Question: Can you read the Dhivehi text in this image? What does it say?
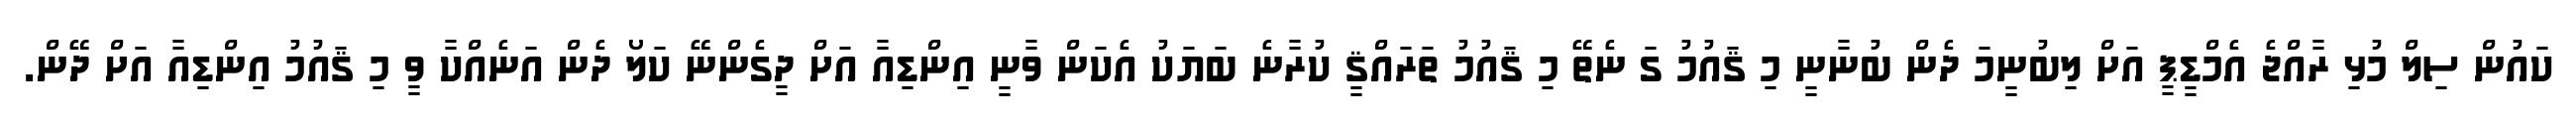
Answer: ކައުން ސިލް މުޅި ރާއްޖެ އެމްޑީޕީ އަށް ލިބުނީމަ ދެން ބުނާނީ މި ޤައުމު ގަ ނެތޭ މި ޤައުމު ތަރައްޤީ ކުރާނެ ބަޔަކު އެކަން ވާނީ އިންޑިއާ އަށް ދީގެންނޭ ކަލޯ ދެން އަނެއްކާ ވީ މި ޤައުމު އިންޑިއާ އަށް ދޭން.